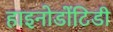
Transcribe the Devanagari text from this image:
हाइनोडोंटिडी